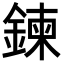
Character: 鍊